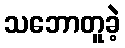
သဘောတူခဲ့